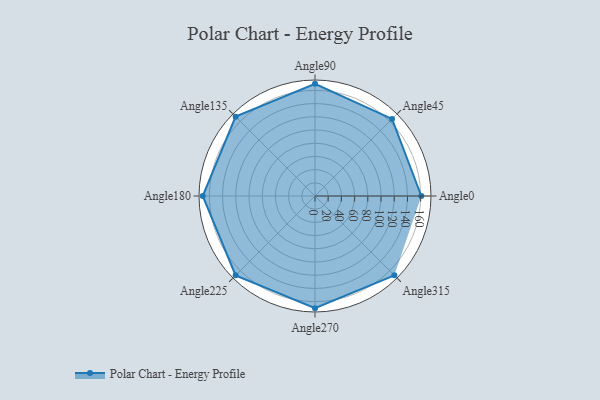
{"axis": {"x": "Angle", "y": "Radius"}, "legend": [""], "data": [{"x": "Angle0", "y": 161.0, "type": ""}, {"x": "Angle45", "y": 165.0, "type": ""}, {"x": "Angle90", "y": 170.0, "type": ""}, {"x": "Angle135", "y": 170, "type": ""}, {"x": "Angle180", "y": 170, "type": ""}, {"x": "Angle225", "y": 170, "type": ""}, {"x": "Angle270", "y": 170, "type": ""}, {"x": "Angle315", "y": 170, "type": ""}]}